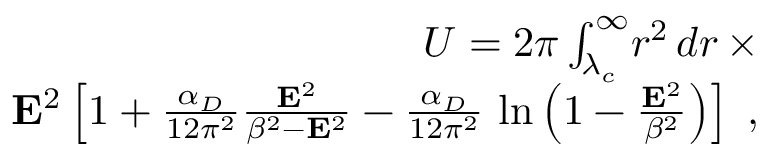
\begin{array} { r } { U = 2 \pi \int _ { \lambda _ { c } } ^ { \infty } \! r ^ { 2 } \, d r \, \times } \\ { { \bf E } ^ { 2 } \left[ 1 + \frac { \alpha _ { D } } { 1 2 \pi ^ { 2 } } \frac { { \bf E } ^ { 2 } } { \beta ^ { 2 } - { \bf E } ^ { 2 } } - \frac { \alpha _ { D } } { 1 2 \pi ^ { 2 } } \, \ln \left( 1 - \frac { { \bf E } ^ { 2 } } { \beta ^ { 2 } } \right) \right] \; , } \end{array}